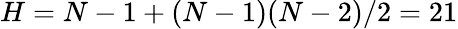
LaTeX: H=N-1+(N-1)(N-2)/2=21